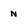
Character: n